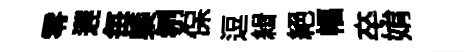
零遅毎㮣刎保逗緝絕幅卒姢